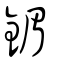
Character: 鎇